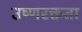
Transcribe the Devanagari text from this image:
उष्णरक्तता